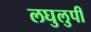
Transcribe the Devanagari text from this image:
लघुलुपी